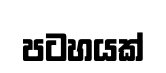
පටහයක්